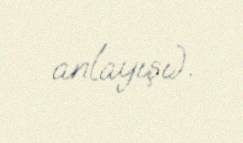
anlayışı).